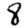
Digit: 8